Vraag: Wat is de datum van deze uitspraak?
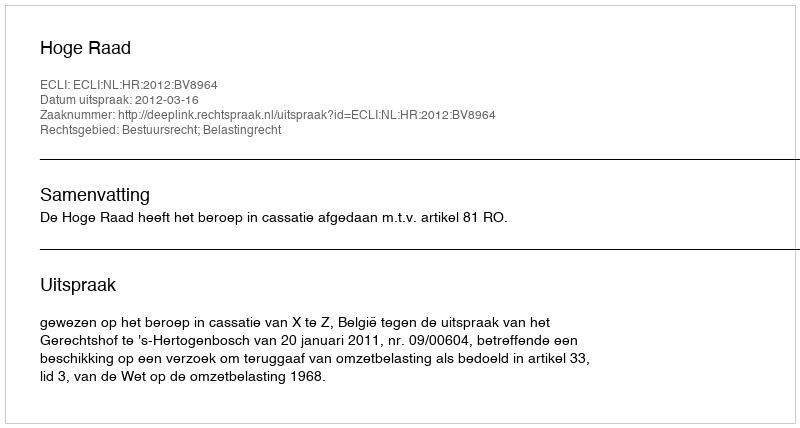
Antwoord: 2012-03-16